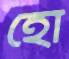
হো